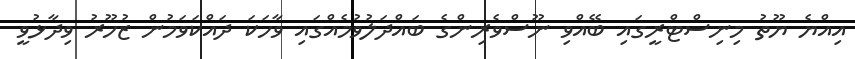
އިއްޔެ ޔޫތު މިނިސްޓްރީގައި ބޭއްވި ނޫސްވެރިންގެ ބައްދަލުވުމެއްގައި ވާހަކަ ދައްކަވަމުން ޒުހޫރު ވިދާޅުވީ